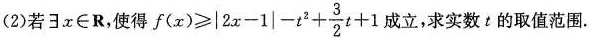
(2)若∃x\in R，使得f $$f ( x ) ≥ \geqslant | 2 x - 1 | - t ^ { 2 } + \frac { 3 } { 2 } t + 1$$ 立，求实数：的取值范围。